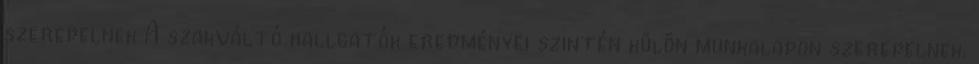
szerepelnek A szakváltó hallgatók eredményei szintén külön munkalapon szerepelnek.